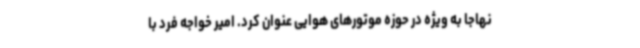
نهاجا به ویژه در حوزه موتورهای هوایی عنوان کرد. امیر خواجه فرد با